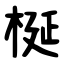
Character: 梴